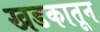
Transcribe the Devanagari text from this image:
खडकातून